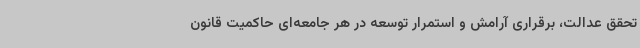
تحقق عدالت، برقراری آرامش و استمرار توسعه در هر جامعه‌ای حاکمیت قانون